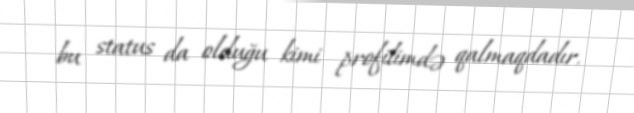
bu status da olduğu kimi profilimdə qalmaqdadır.